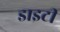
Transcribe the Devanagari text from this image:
डाइटी